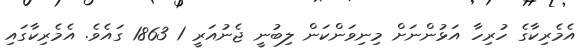
އެމެރިކާގެ ހުރިހާ އަޅުންނަށް މިނިވަންކަން ލިބުނީ ޖެނުއަރީ 1 1863 ގައެވެ. އެމެރިކާގައި